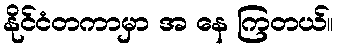
နိုင်ငံတကာမှာ အ နေ ကြတယ်။